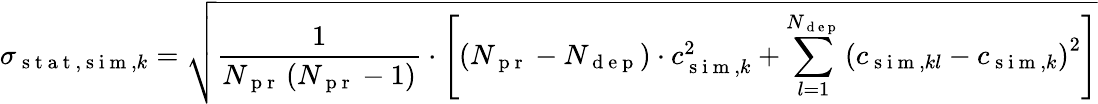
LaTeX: \sigma_{\mathrm{~s~t~a~t~},\mathrm{~s~i~m~},k}=\sqrt{\frac{1}{N_{\mathrm{~p~r~}}\left(N_{\mathrm{~p~r~}}-1\right)}\cdot\left[\left(N_{\mathrm{~p~r~}}-N_{\mathrm{~d~e~p~}}\right)\cdot c_{\mathrm{~s~i~m~},k}^{2}+\sum_{l=1}^{N_{\mathrm{~d~e~p~}}}\left(c_{\mathrm{~s~i~m~},kl}-c_{\mathrm{~s~i~m~},k}\right)^{2}\right]}